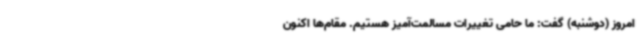
امروز (دوشنبه) گفت: ما حامی تغییرات مسالمت‌آمیز هستیم. مقام‌ها اکنون